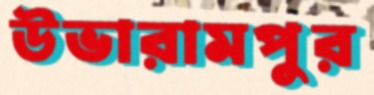
উভারামপুর